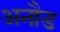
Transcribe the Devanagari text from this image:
अनौड